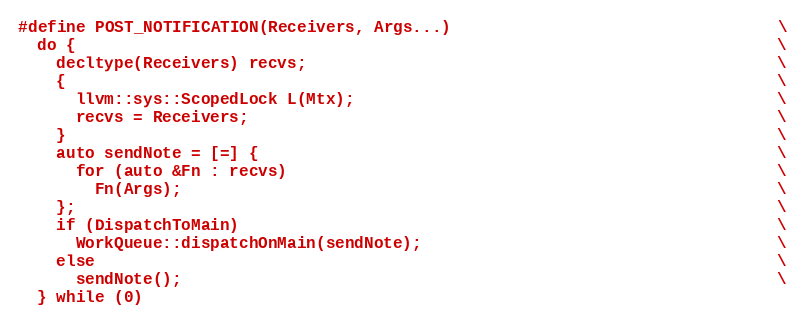
Language: C++
#define POST_NOTIFICATION(Receivers, Args...)                                  \
  do {                                                                         \
    decltype(Receivers) recvs;                                                 \
    {                                                                          \
      llvm::sys::ScopedLock L(Mtx);                                            \
      recvs = Receivers;                                                       \
    }                                                                          \
    auto sendNote = [=] {                                                      \
      for (auto &Fn : recvs)                                                   \
        Fn(Args);                                                              \
    };                                                                         \
    if (DispatchToMain)                                                        \
      WorkQueue::dispatchOnMain(sendNote);                                     \
    else                                                                       \
      sendNote();                                                              \
  } while (0)